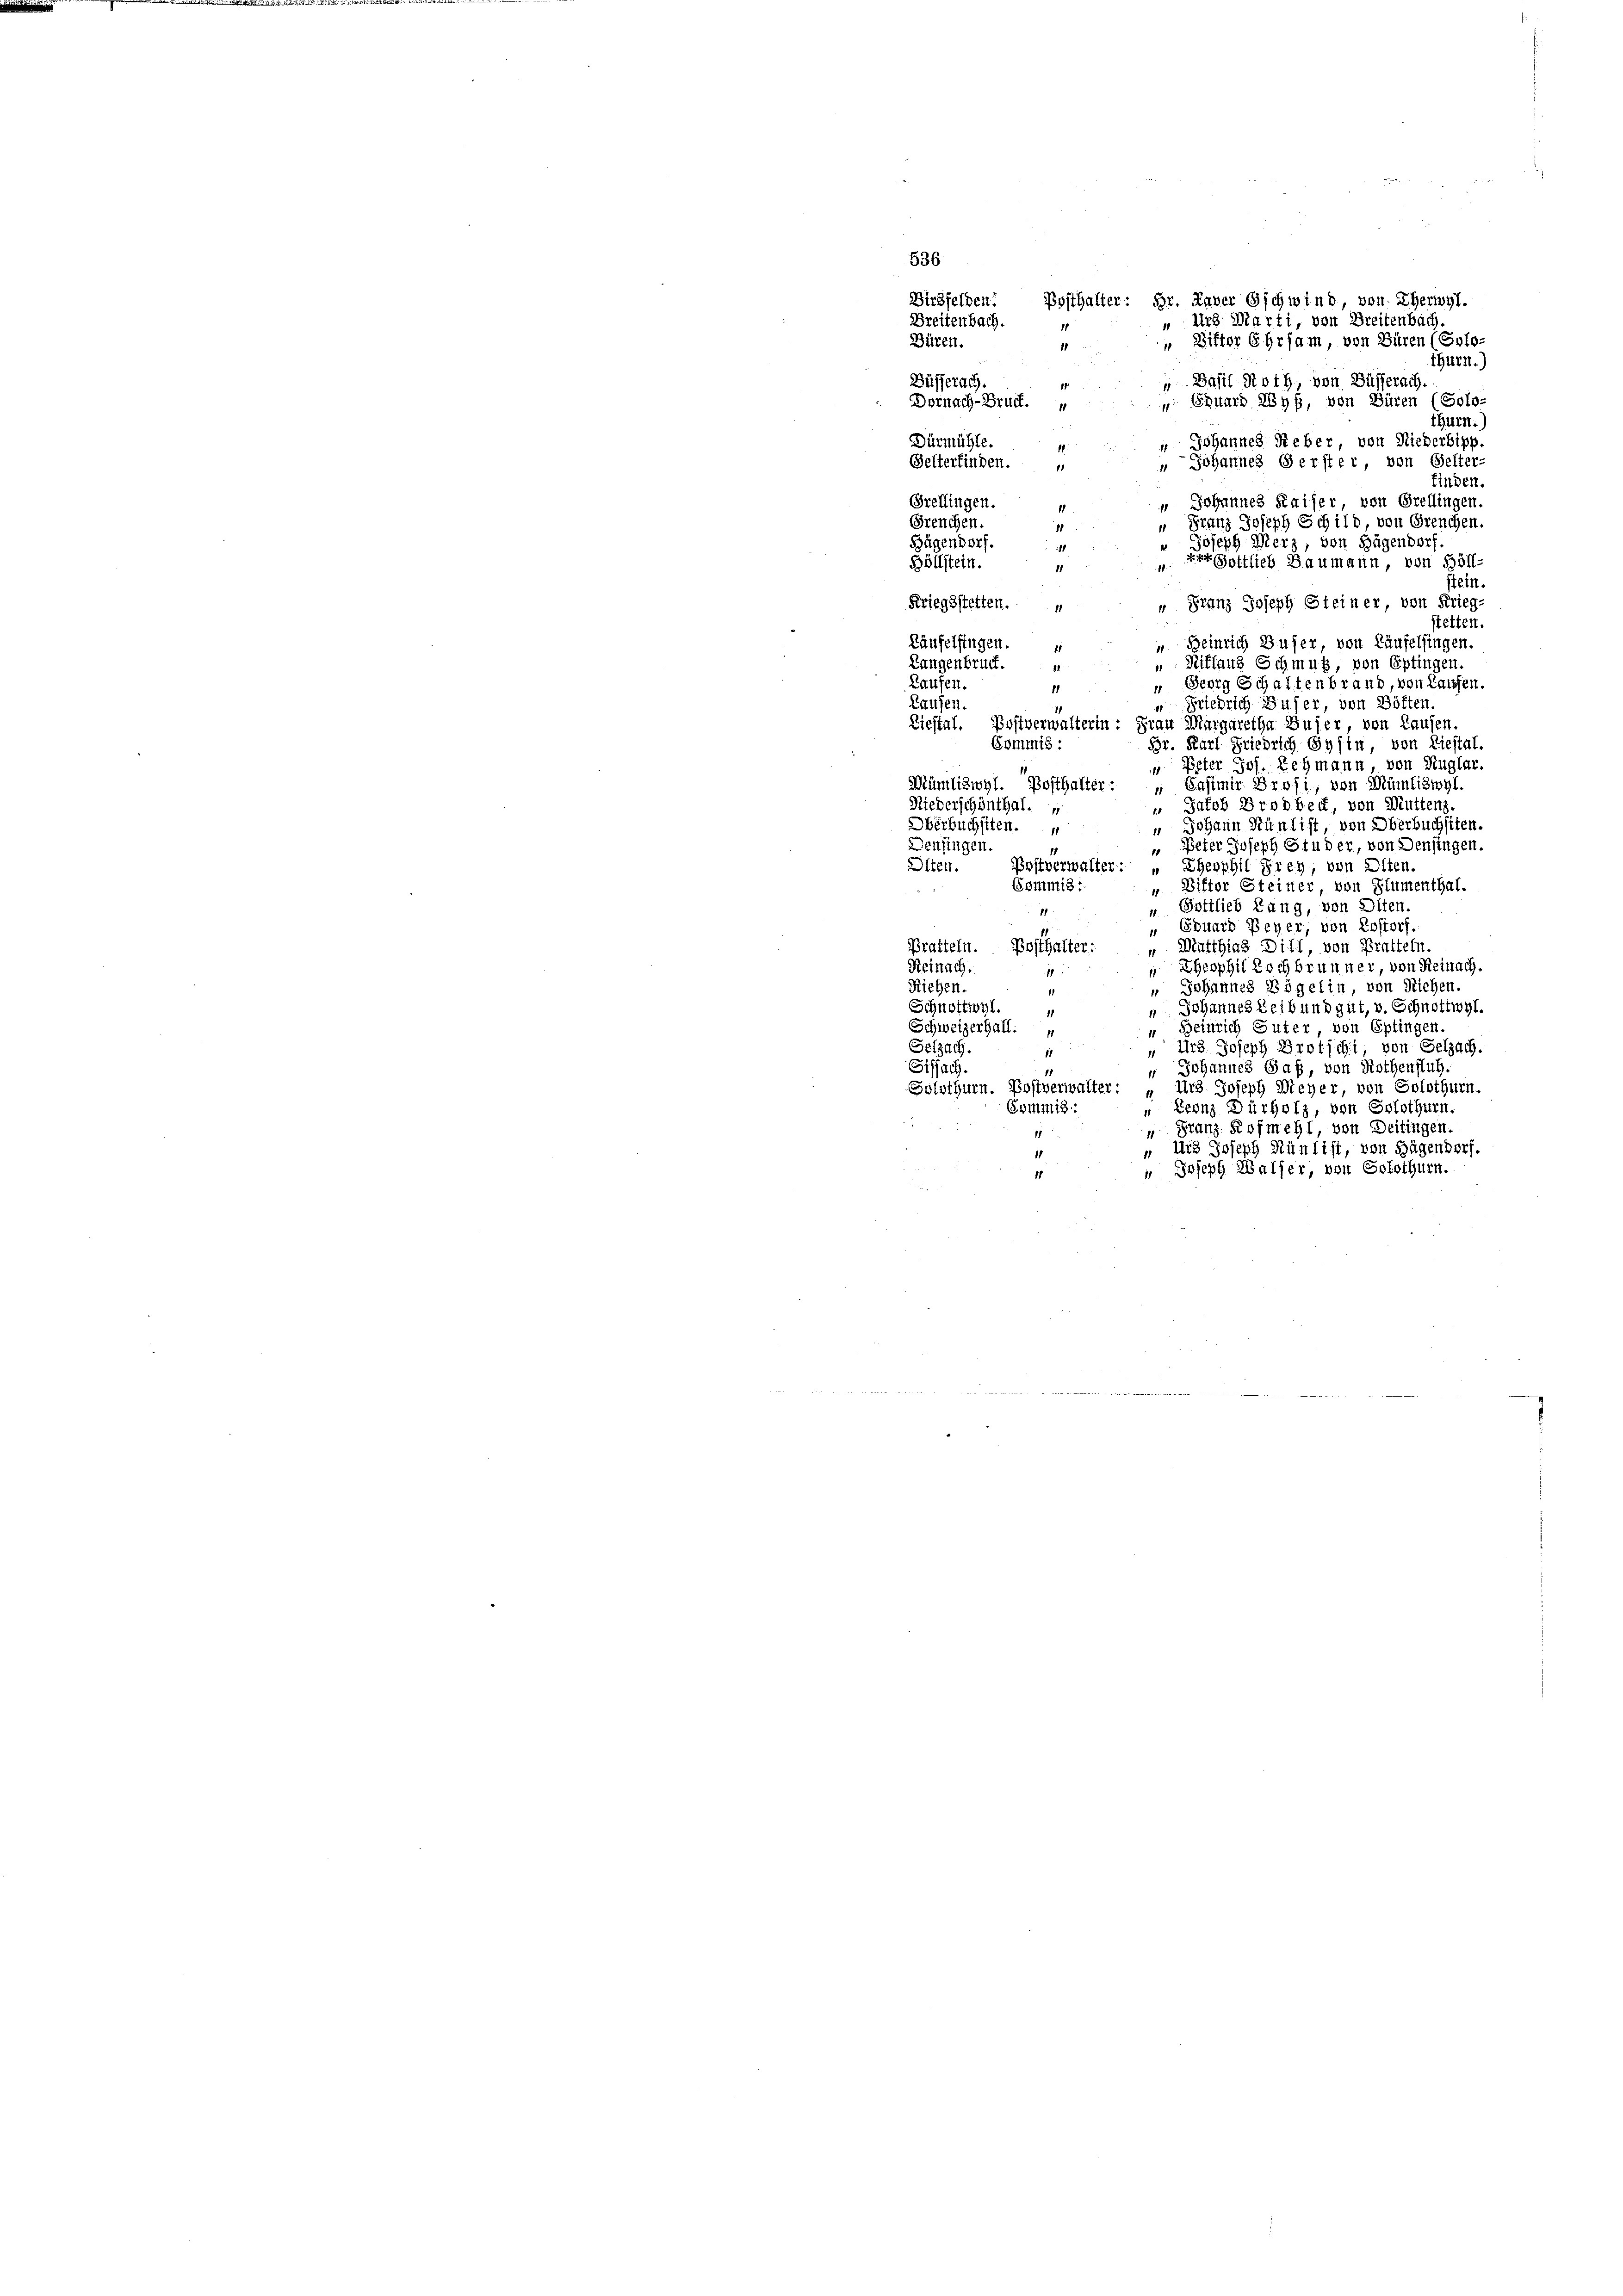
Dirsfelden. Posthalter: Hr. Raver Gschwind, von Eherwyl.
„Urs Marti, von Breitenbach.
" Bitter Ehrsam, von Büren (Solo
thurn.)
Büfferach.
“ Basil Roth von Büsserach
 Eduard Lyß, von Büren (Solo-
thurn.
Dürmühle.
 Johannes Reber, von Niederbipp
Gelterfinden.
" Johannes Gerster, von Gelter-
1
finden.
Sreflingen.
" Johannes Kaiser von Orellingen
Greuchen.
 Franz Joseph Schild, von Grenchen.
u Joseph Merz, von Hügendorf.
Bügendorf.
e Gottlieb Baumann, von Höll-
Böllstein.
1
stein.
" Franz Joseph Steiner, von Krieg.
Feriegsstetten.
stetten.
Käufelfingen.
“ Heinrich Buser, von Käufelsingen.
 Niklaus Schmut, von Eptingen.
Langenbruck.
Laufen.
 Georg Schaltenbrand, von Laufen.
11
“ Friedrich Buser, von Bötten.
Laufen.
Liestal. Postverwalterin: Frau Margaretha Buser, von Laufen
Commis:
Br. Karl Friedrich Gysin von Liestal.
" Peter Jos. Lehmann von Ruglar.
Mümliswyl. Posthalter: „ Casimir Brosi, von Mümliswyl
Niederschönthal.
 Jakob Brodbeck, von Muttenz.
Oberbuchsten.
 Johann Hünlist von Oberbuchsten.
Denfingen.
" Peter Joseph Studer, von Denfingen.
Olten. Postverwalter: „Theophil Frey, von Olten.
Commis
 Diktor Steiner von Blumenthal.
Gottlieb Rang, von Olten.
Eduard Peyer, von Rostorf.
11
 Matthias Dill, von Pratteln
Pratteln. Posthalter:
Reinach,
Theophil doch brunner, von Reinach.
Riehen.
" Johannes Vögelin, von Riehen.
Johannes Leib und gut, v. Schnottwyl.
Schnottwyl.
“ Beinrich Guter, von Optingen
Schweizerhall:
Selzach.
Urs Joseph Brotschi, von Gelzach.
Sisfach.
" Johannes Saß, von Riethenfluh,
Solothurn. Postverwalter: „Urs Joseph Meyer, von Solothurn.
Leonz Dürholz, von Solothurn.
Commis:
Franz Rofmehl, von Deitingen.
Urs Joseph Rünlist, von Hügendorf.
" Joseph Walfer, von Solothurn.

Büren.

536

Dreitenbach.

Dornach- Bruck.